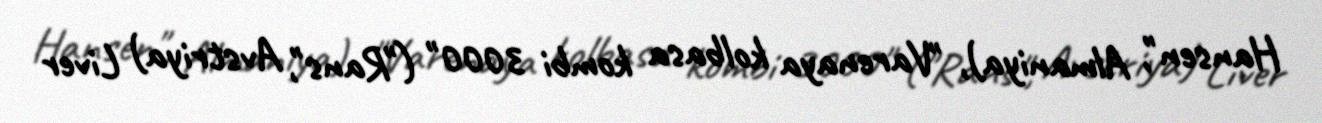
Hansen", Almaniya), "Varenaya kolbasa kombi 3000" ("Rans", Avstriya) Liver